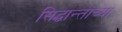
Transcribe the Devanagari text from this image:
सिद्धान्तांच्या